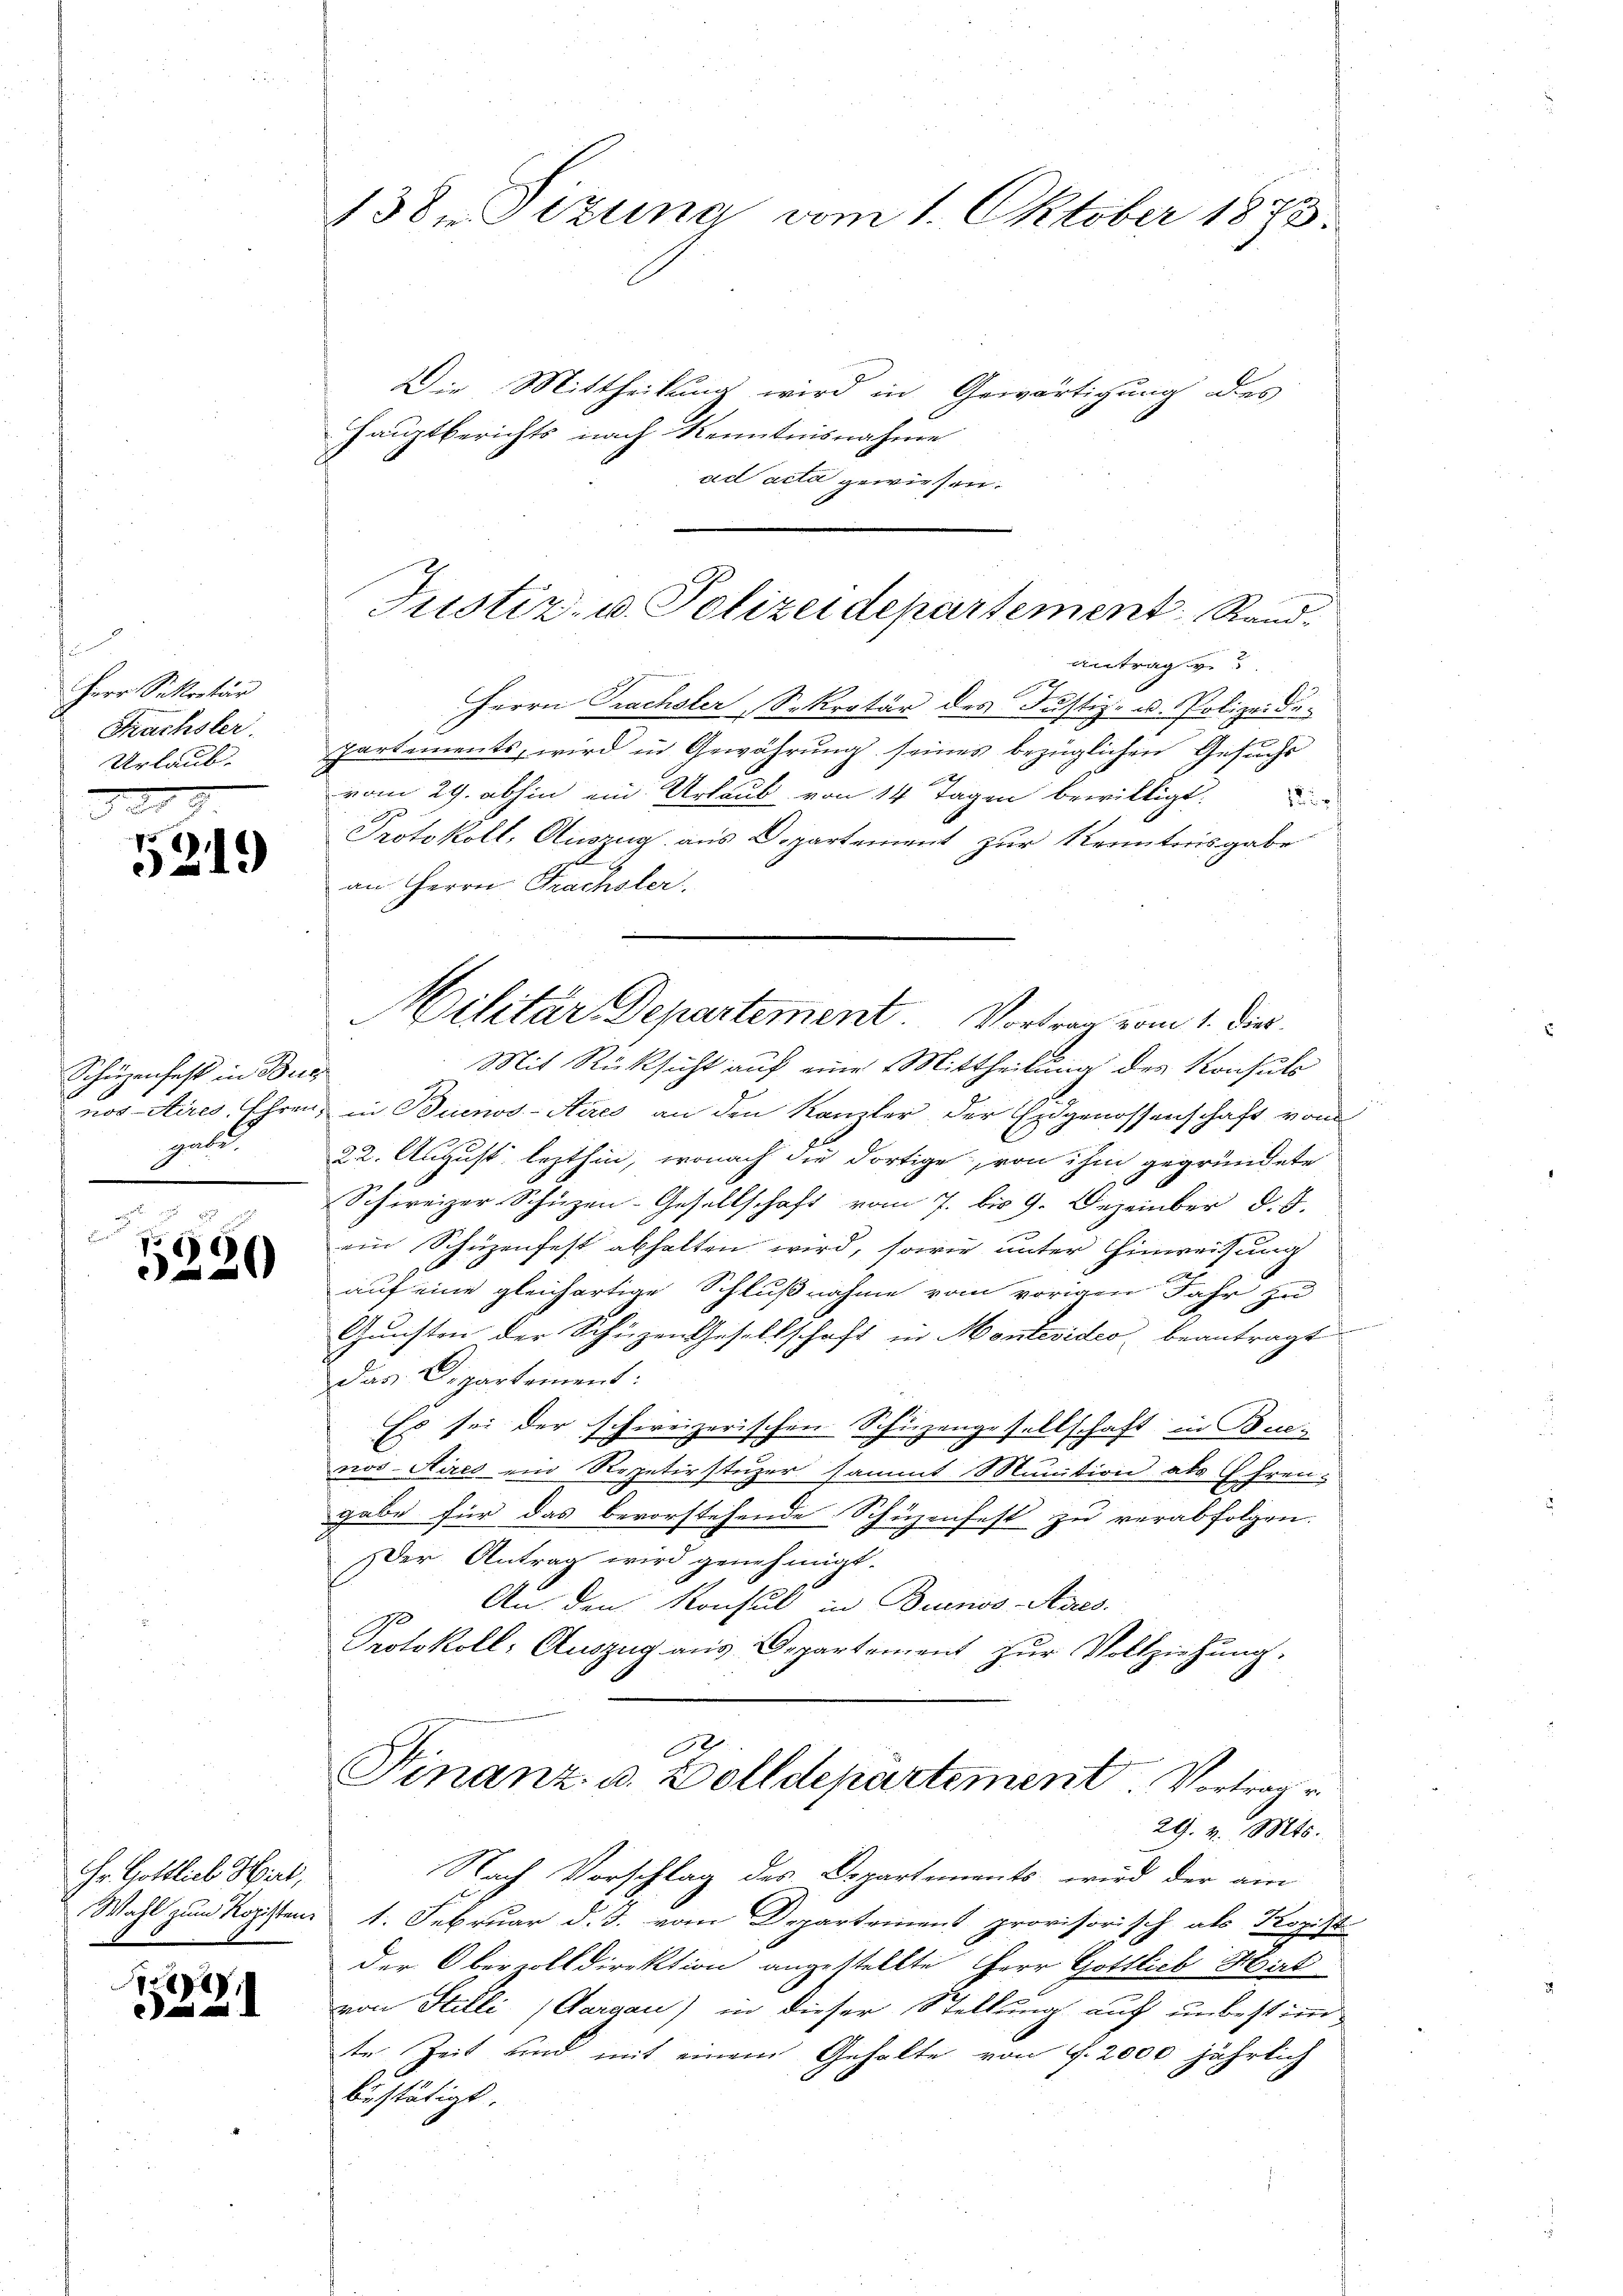
f
Herr Sekretär
Krachsler.
Urlaub.

5219

Schüzenfest in Bus
get

V 4) e
20

Hr. Gottlieb Hart,

8)
2

Die Mittheilung wird in Gewärtigung des
Hauptberichts nach Kenntnisnahme
ad acta gewiesen.
Antrag zu
Herrn Prachsler Sekretär des Justiz- u. Polizeidepartements, wird in Gewährung seines bezüglichen Gesuchs
vom 29. abhin ein Urlaub von 14 Tagen bewilligt.
Protokoll. Auszug aus Departement zur Kenntorisgabe
an Herrn Prachsler.
Mit Rücksicht auf eine Mittheilung des Konsuls
nos Aires, Ehren, in Buenos-Aires an den Kanzler der Eidgenossenschaft von
22. August lezthin, wonach die dortige, von ihm gegründete
Schweizer Schüzen-Gesellschaft vom 7. bis 9. Dezember d. J.
ein Schüzenfest abhalten wird, sowie unter Hinweisung
auf eine gleichartige Schlußnahme vom vorigen Jahr zu
Gunsten der Schüzen Gesellschaft in Montevideo beantragt
das Dipartement:
Es sei der schweizerischen Schüzengesellschaft in Bue-
nos Aires ein Repetirstuzer sammt Munition als G. Freu¬
1
gabe für das bevorstehende Schüzenfest zu verabfolgen.
Der Antrag wird genehmigt.
90 An den Konsul in Buenos Aires.
Protokoll: Auszug aus Departement zur Vollziehung.
.
Finanz- u. Zolldepartement. Vortrage
29. v. Mts.
Nach Vorschlag des Departements, wird der am
Wahl zum Ropistens 1. Februar d. J. vom Departement provisorisch als Kos
a
der Oberzolldirektion angestellte Herr Gottlieb Hirt
von Stelli (Aargau) in dieser Stellung auf unbestimm-
te Zeit und mit einem Gehalte von f. 2000 jährlich
bestätigt.

138. Sizung vom 1. Oktober 1873.

Justiz- u. Polizeidepartement Rand¬

Militär Departement. Vortrag vom 1. Dier.